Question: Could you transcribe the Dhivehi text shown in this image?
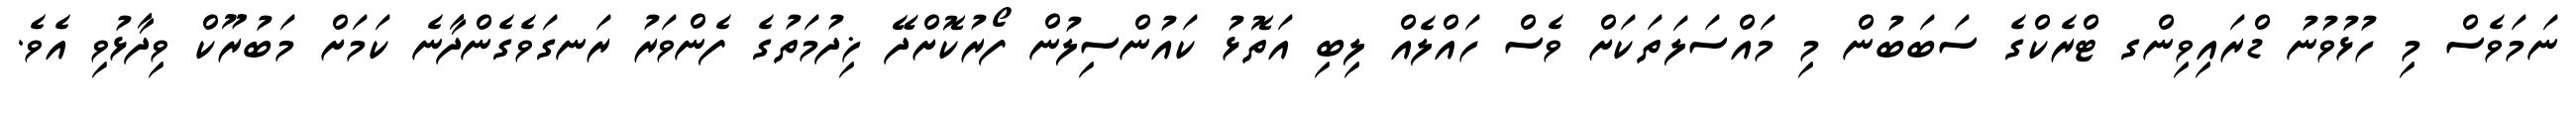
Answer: ނަމަވެސް މި ހުޅުވުނު ޑްރައިވިންގ ޓްރެކްގެ ސަބަބުން މި މައްސަލަތަކަށް ވެސް ހައްލެއް ލިބި އަތޮޅު ކައުންސިލުން ފޯރުކޮށްދޭ ޚިދުމަތުގެ ފެންވަރު ރަނގަވެގެންދާނެ ކަމަށް މަބުރޫކް ވިދާޅުވި އެވެ.